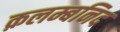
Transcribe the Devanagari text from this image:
क़लम्बनिद